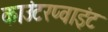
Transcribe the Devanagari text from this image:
काउंटरप्वाइंट